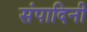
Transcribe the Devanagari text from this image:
संपादिनी